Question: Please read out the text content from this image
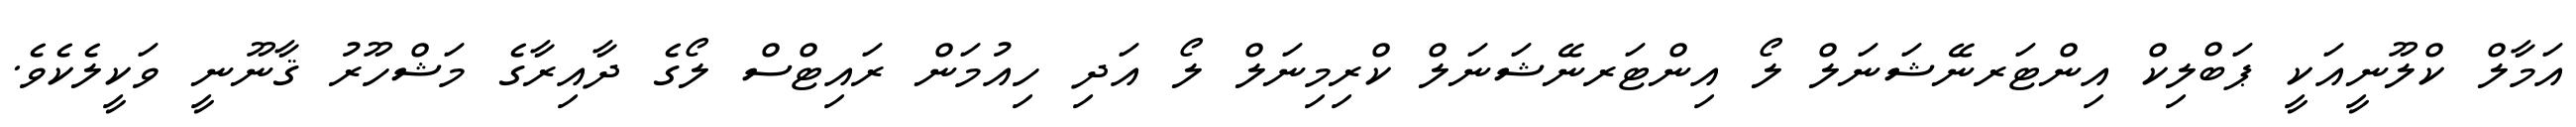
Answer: އަމާލް ކްލޫނީއަކީ ޕަބްލިކް އިންޓަރނޭޝަނަލް ލޯ އިންޓަރނޭޝަނަލް ކްރިމިނަލް ލޯ އަދި ހިއުމަން ރައިޓްސް ލޯގެ ދާއިރާގެ މަޝްހޫރު ޤާނޫނީ ވަކީލެކެވެ.